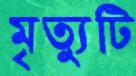
মৃত্যুটি